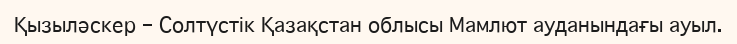
Қызыләскер – Солтүстік Қазақстан облысы Мамлют ауданындағы ауыл.